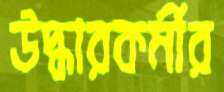
উদ্ধারকর্মীর